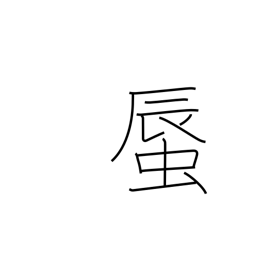
Meaning: clam